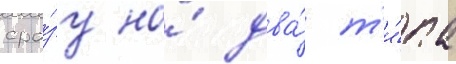
сра́зу на́ два́ т'и́па